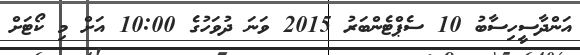
އަންދާސީހިސާބު 10 ސެޕްޓެންބަރު 2015 ވަނަ ދުވަހުގެ 10:00 އަށް މި ކޯޓަށް